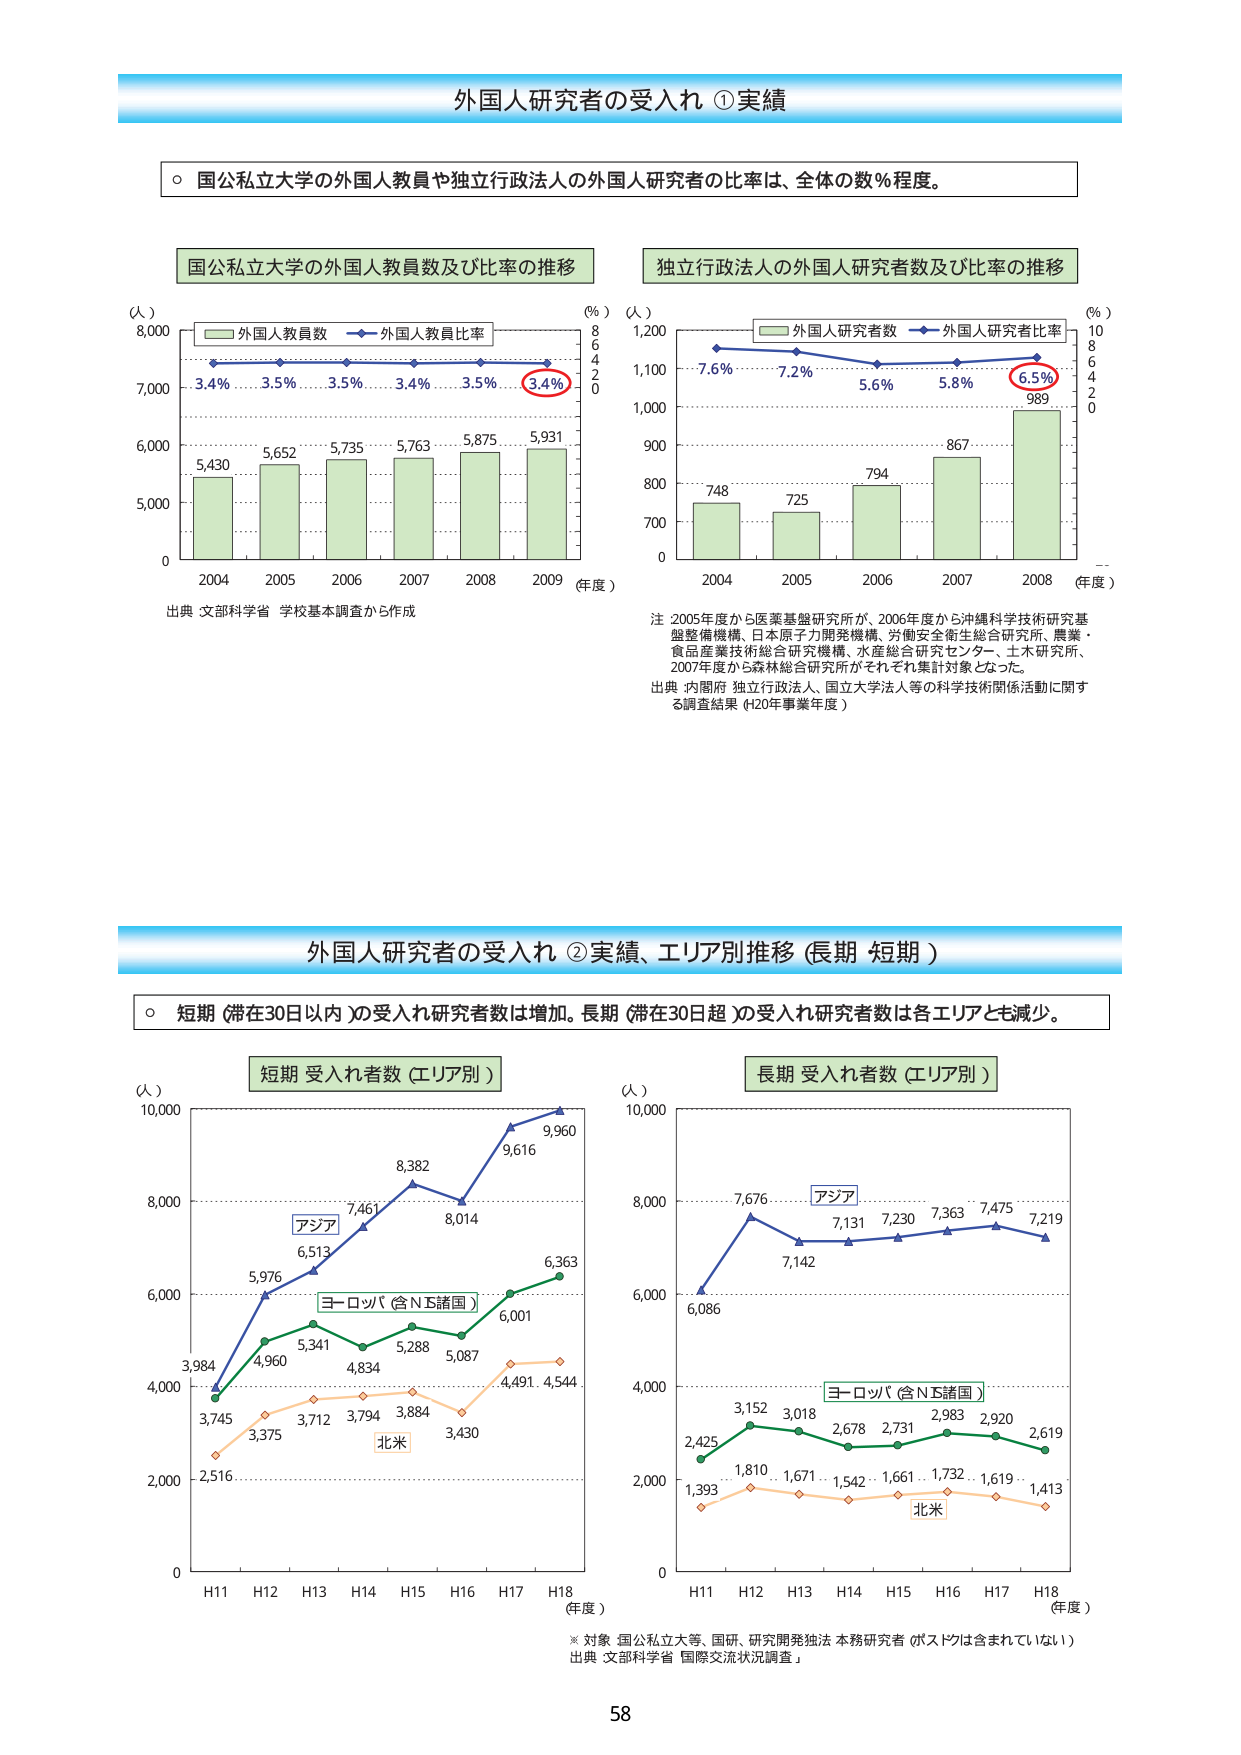
外国人研究者の受入れ ①実績

○ 国公私立大学の外国人教員や独立行政法人の外国人研究者の比率は、全体の数％程度。

国公私立大学の外国人教員数及び比率の推移
（人）
8,000
7,000
6,000
5,000
0
2004 2005 2006 2007 2008 2009 （年度）
外国人教員数
外国人教員比率
3.4% 3.5% 3.5% 3.4% 3.5% 3.4%
5,430 5,652 5,735 5,763 5,875 5,931
（%）
8
6
4
2
0
出典 文部科学省 学校基本調査から作成

独立行政法人の外国人研究者数及び比率の推移
（人）
1,200
1,100
1,000
900
800
700
0
2004 2005 2006 2007 2008 （年度）
外国人研究者数
外国人研究者比率
7.6% 7.2% 5.6% 5.8% 6.5%
748 725 794 867 989
（%）
10
8
6
4
2
0
注 2005年度から医薬基盤研究所が、2006年度から沖縄科学技術研究基盤整備機構、日本原子力開発機構、労働安全衛生総合研究所、農業・食品産業技術総合研究機構、水産総合研究センター、土木研究所、2007年度から森林総合研究所がそれぞれ集計対象となった。
出典 内閣府 独立行政法人、国立大学法人等の科学技術関係活動に関する調査結果（H20年事業年度）

外国人研究者の受入れ ②実績、エリア別推移（長期 短期）

○ 短期（滞在30日以内）の受入れ研究者数は増加。長期（滞在30日超）の受入れ研究者数は各エリアとも減少。

短期 受入れ者数（エリア別）
（人）
10,000
8,000
6,000
4,000
2,000
0
H11 H12 H13 H14 H15 H16 H17 H18 （年度）
アジア
ヨーロッパ（含ＮＴ諸国）
北米
3,984
3,745
2,516
5,976
4,960
3,375
6,513
5,341
3,712
7,461
4,834
3,794
8,382
5,288
3,884
8,014
5,087
3,430
9,616
6,001
4,491
9,960
6,363
4,544

長期 受入れ者数（エリア別）
（人）
10,000
8,000
6,000
4,000
2,000
0
H11 H12 H13 H14 H15 H16 H17 H18 （年度）
アジア
ヨーロッパ（含ＮＴ諸国）
北米
6,086
2,425
1,393
7,676
3,152
1,810
7,142
3,018
1,671
7,131
2,678
1,542
7,230
2,731
1,661
7,363
2,983
1,732
7,475
2,920
1,619
7,219
2,619
1,413

※ 対象 国公私立大等、国研、研究開発独法 本務研究者（ポスドクは含まれていない）
出典 文部科学省「国際交流状況調査」

58